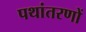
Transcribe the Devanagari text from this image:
पथांतरणों